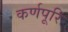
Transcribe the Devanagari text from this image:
कर्णपूरि